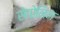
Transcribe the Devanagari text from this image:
सेपोनिन